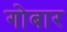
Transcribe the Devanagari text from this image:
गोबार